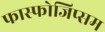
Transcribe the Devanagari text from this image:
फास्फोजिप्सम